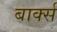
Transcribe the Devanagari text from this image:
बार्क्स